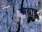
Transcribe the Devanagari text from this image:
अथाडु